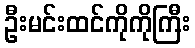
ဦးမင်းထင်ကိုကိုကြီး